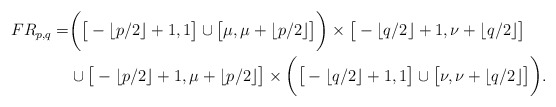
\begin{align*}FR_{p,q}=&\bigg(\big[-\lfloor p/2\rfloor+1,1\big]\cup\big[\mu,\mu+\lfloor p/2\rfloor\big]\bigg)\times\big[-\lfloor q/2\rfloor+1,\nu+\lfloor q/2\rfloor\big]\\&\cup\big[-\lfloor p/2\rfloor+1,\mu+\lfloor p/2\rfloor\big]\times\bigg(\big[-\lfloor q/2\rfloor+1,1\big]\cup\big[\nu,\nu+\lfloor q/2\rfloor \big]\bigg).\end{align*}